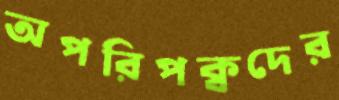
অপরিপক্বদের